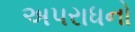
અપરાધનો